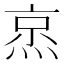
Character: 𬊧